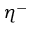
\eta ^ { - }